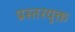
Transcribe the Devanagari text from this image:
प्रस्तरयुक्त